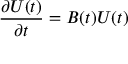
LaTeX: { \frac { \partial U ( t ) } { \partial t } } = B ( t ) U ( t )